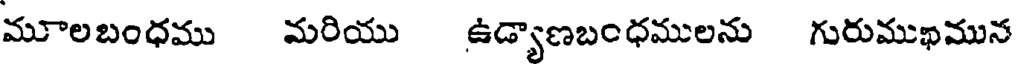
మూలబంధము మరియు ఉడ్యాణబంధములను గురుముఖమున